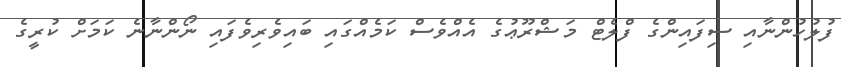
ފުލުހުންނާއި ސިފައިންގެ ފްލެޓް މަޝްރޫޢުގެ އެއްވެސް ކަމެއްގައި ބައިވެރިވެފައި ނޯންނާނެ ކަމަށް ކުރީގެ